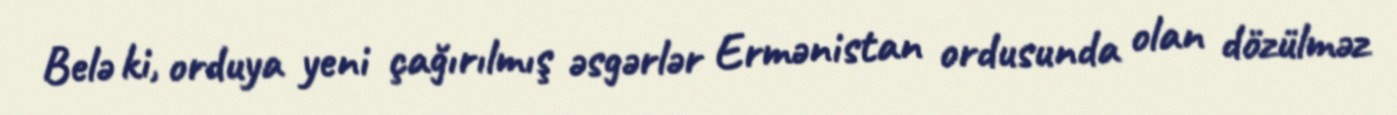
Belə ki, orduya yeni çağırılmış əsgərlər Ermənistan ordusunda olan dözülməz